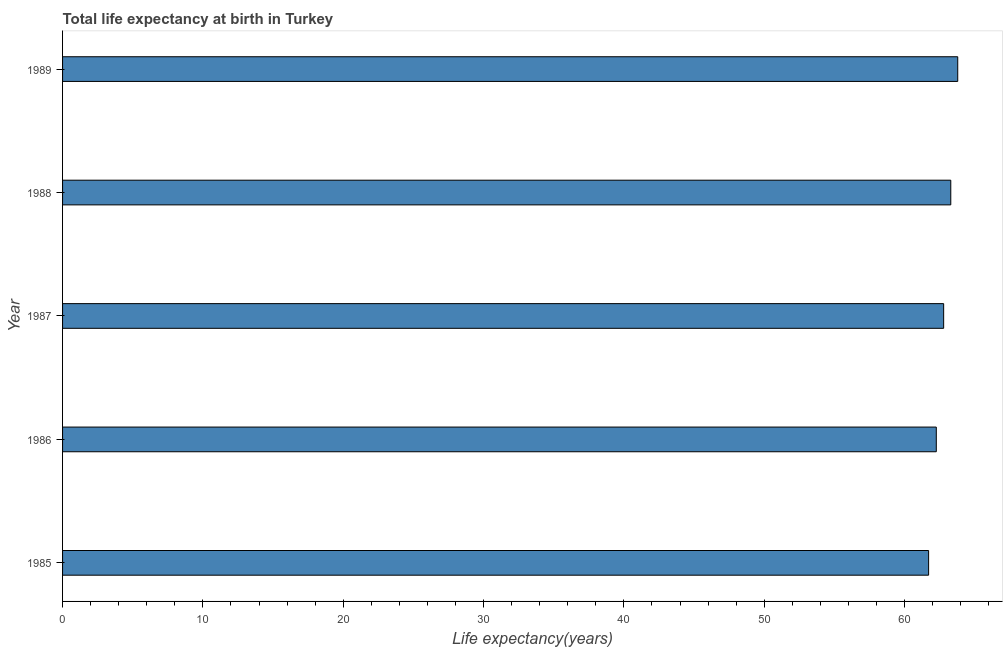
| Year | Life expectancy at birth |
 | --- | --- |
 | 1985 | 61.7 |
 | 1986 | 62.3 |
 | 1987 | 62.8 |
 | 1988 | 63.3 |
 | 1989 | 63.8 |